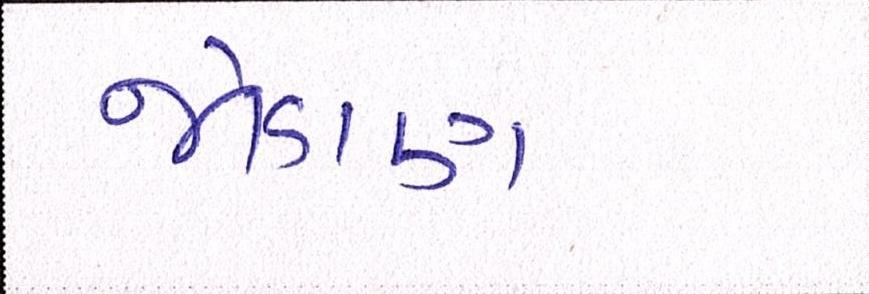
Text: જોડાણ